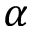
\alpha